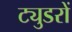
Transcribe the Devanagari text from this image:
ट्युडरों